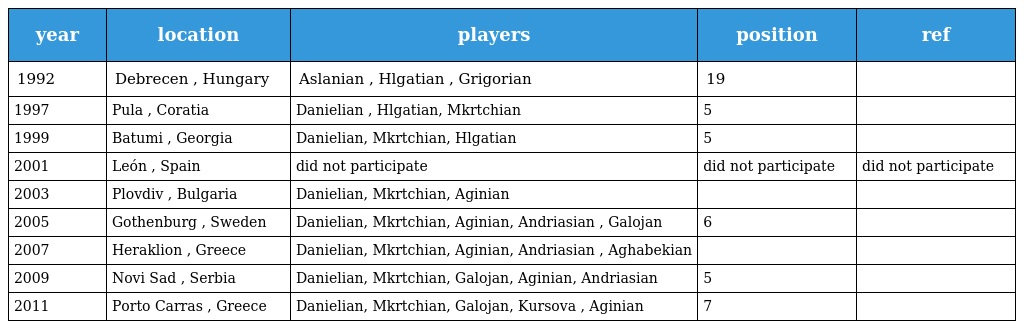
| year | location | players | position | ref |
 | --- | --- | --- | --- | --- |
 | 1992 | Debrecen , Hungary | Aslanian , Hlgatian , Grigorian | 19 |  |
 | 1997 | Pula , Coratia | Danielian , Hlgatian, Mkrtchian | 5 |  |
 | 1999 | Batumi , Georgia | Danielian, Mkrtchian, Hlgatian | 5 |  |
 | 2001 | León , Spain | did not participate | did not participate | did not participate |
 | 2003 | Plovdiv , Bulgaria | Danielian, Mkrtchian, Aginian |  |  |
 | 2005 | Gothenburg , Sweden | Danielian, Mkrtchian, Aginian, Andriasian , Galojan | 6 |  |
 | 2007 | Heraklion , Greece | Danielian, Mkrtchian, Aginian, Andriasian , Aghabekian |  |  |
 | 2009 | Novi Sad , Serbia | Danielian, Mkrtchian, Galojan, Aginian, Andriasian | 5 |  |
 | 2011 | Porto Carras , Greece | Danielian, Mkrtchian, Galojan, Kursova , Aginian | 7 |  |